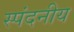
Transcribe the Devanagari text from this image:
स्पंदनीय